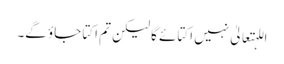
اللہتعالیٰ نہیں اکتائے گا لیکن تم اکتا جاؤ گے۔